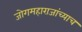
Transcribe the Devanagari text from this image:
जोगमहाराजांच्याच